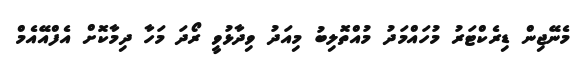
މެނޭޖިން ޑިރެކްޓަރު މުހައްމަދު މުއްތޮލިބު މިއަދު ވިދާޅުވީ ރޯދަ މަހާ ދިމާކޮށް އެފްއޭއެމް